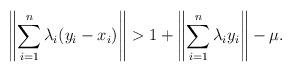
LaTeX: \begin{align*}\left\Vert \sum_{i=1}^n \lambda_i(y_i-x_i)\right\Vert>1+\left\Vert\sum_{i=1}^n \lambda_iy_i\right\Vert-\mu.\end{align*}